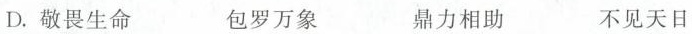
D. 敬畏生命 包罗万象 鼎力相助 不见天日